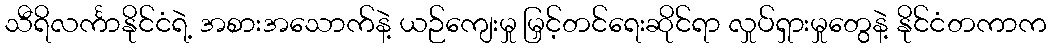
သီရိလင်္ကာနိုင်ငံရဲ့ အစားအသောက်နဲ့ ယဉ်ကျေးမှု မြှင့်တင်ရေးဆိုင်ရာ လှုပ်ရှားမှုတွေနဲ့ နိုင်ငံတကာက